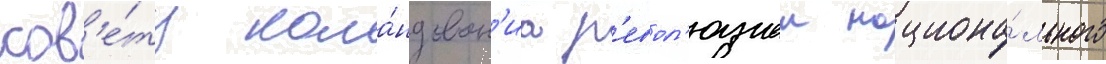
сов'е́ту кома́ндован'иа р'евол'юциеи национа́льного